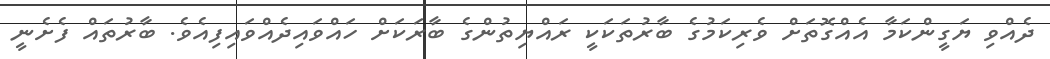
ދެއްވި ޔަގީންކަމާ އެއްގޮތަށް ވެރިކަމުގެ ބާރުތަކަކީ ރައްޔިތުންގެ ބާރަކަށް ހައްވައިދެއްވައިފިއެވެ. ބާރުތައް ފެށެނީ